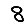
Digit: 8